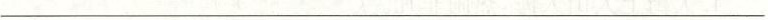
___